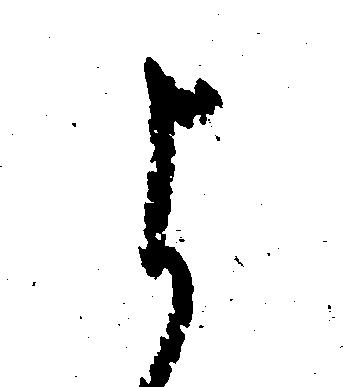
よ